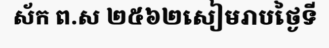
ស័ក ព.ស ២៥៦២សៀមរាបថ្ងៃទី